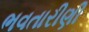
ભવતારીણી